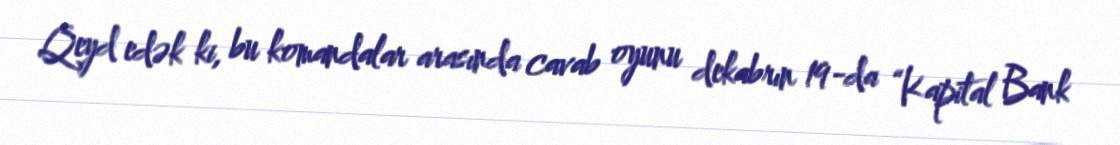
Qeyd edək ki, bu komandalar arasında cavab oyunu dekabrın 19-da “Kapital Bank